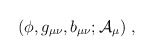
\begin{align*}(\phi, g_{\mu\nu}, b_{\mu\nu}; {\cal A}_\mu)\ ,\end{align*}